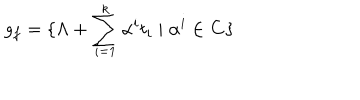
g _ { f } = \{ \Lambda + \sum _ { i = 1 } ^ { k } \alpha ^ { i } t _ { i } \mid \alpha ^ { i } \in { \bf C } \}